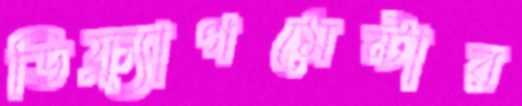
ডিফ্র্যাগমেন্টার